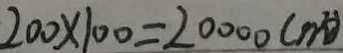
2 0 0 \times 1 0 0 = 2 0 0 0 0 ( m ^ { 2 } )